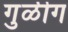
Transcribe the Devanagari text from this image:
गुळीग